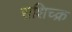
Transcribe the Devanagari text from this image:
राशिच्क्र